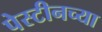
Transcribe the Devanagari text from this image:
पेस्टीनच्या